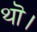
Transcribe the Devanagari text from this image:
थॊ।